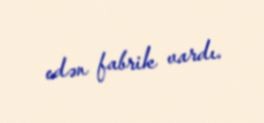
edən fabrik vardı.